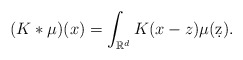
\begin{align*}(K*\mu)(x) = \int_{\mathbb R^d} K(x-z) \mu(\d z).\end{align*}